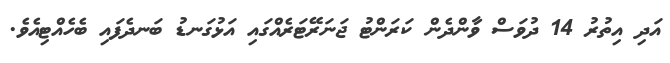
އަދި އިތުރު 14 ދުވަސް ވާންދެން ކަރަންޓު ޖަނަރޭޓަރެއްގައި އަޅުގަނޑު ބަނދެފައި ބެހެއްޓިއެވެ.